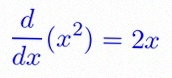
\frac{d}{dx}(x^2)=2x